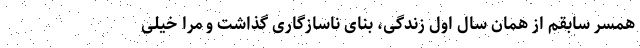
همسر سابقم از همان سال اول زندگی، بنای ناسازگاری گذاشت و مرا خیلی